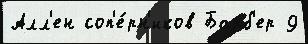
Алл'ен соп'е́рн'иков Барб'ер 9